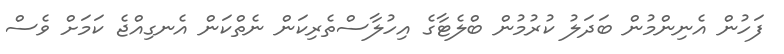
ފަހުން އެނިންމުން ބަދަލު ކުރުމުން ބްލެޓާގެ އިހުލާސްތެރިކަން ނެތްކަން އެނގިއްޖެ ކަމަށް ވެސް